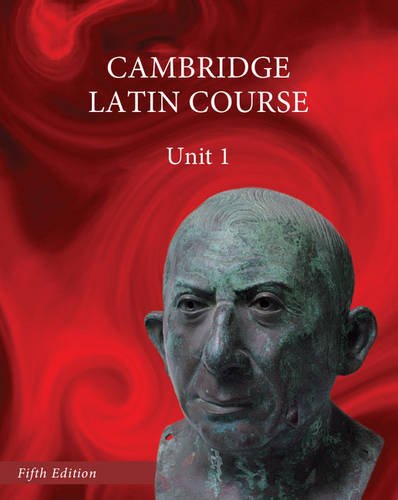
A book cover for North American Cambridge Latin Course Unit 1 Student's Book; Teen & Young Adult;